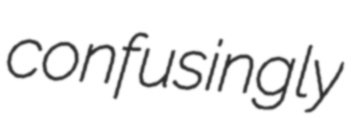
confusingly